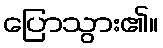
ပြောသွား၏။